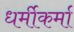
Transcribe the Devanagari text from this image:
धर्मीकर्मा